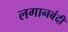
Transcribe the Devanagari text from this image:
लगानबंदी